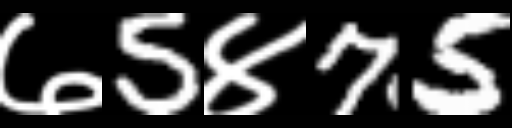
Text: ७5४75